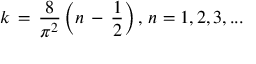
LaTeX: k \, = \, \frac { 8 } { \pi ^ { 2 } } \left( n \, - \, \frac { 1 } { 2 } \right) , \, n = 1 , 2 , 3 , . . .